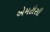
એમટીસી